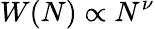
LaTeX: W(N)\propto N^{\nu}